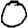
Digit: 0